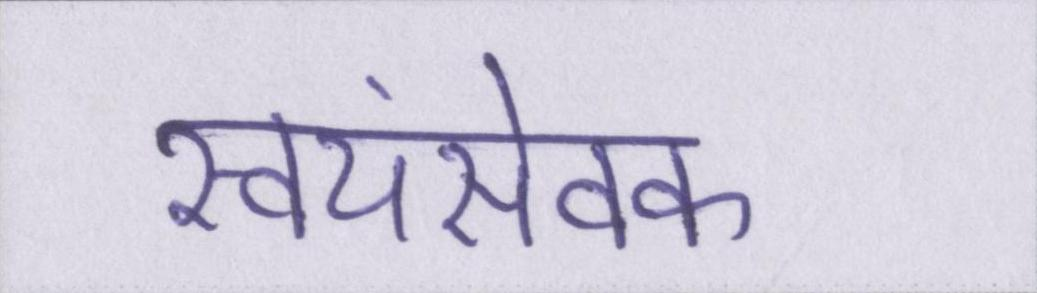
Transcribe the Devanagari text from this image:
स्वयंसेवक